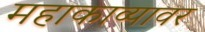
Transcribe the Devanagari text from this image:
महाकाव्यावर